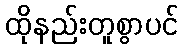
ထိုနည်းတူစွာပင်